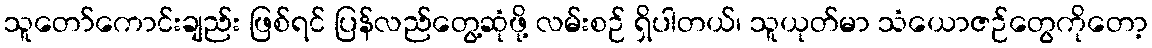
သူတော်ကောင်းချည်း ဖြစ်ရင် ပြန်လည်တွေ့ဆုံဖို့ လမ်းစဉ် ရှိပါတယ်၊ သူယုတ်မာ သံယောဇဉ်တွေကိုတော့